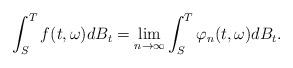
LaTeX: \begin{align*}\int^T_S f(t, \omega)dB_t = \lim_{n \rightarrow \infty} \int^T_S \varphi_n (t,\omega) dB_t.\end{align*}